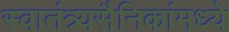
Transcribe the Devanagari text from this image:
स्वातंत्र्यसैनिकांमध्ये